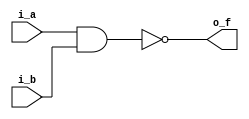
// -- python C:\Users\Brandon\Documents\Personal_Projects\my_utils\modelsim_utils\auto_run.py -d run_cmd__NAND4_gate_v.do

module NAND2_gate_v
  (input i_a, i_b,
   output o_f);
   
  assign o_f = ~(i_a & i_b);
  
endmodule